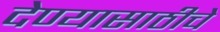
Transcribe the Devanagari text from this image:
देण्यासाठीचे